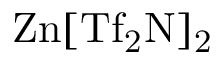
\mathrm { Z n [ T f _ { 2 } N ] _ { 2 } }